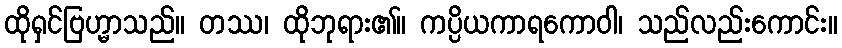
ထိုရှင်ဗြဟ္မာသည်။ တဿ၊ ထိုဘုရား၏။ ကပ္ပိယကာရကောဝါ၊ သည်လည်းကောင်း။